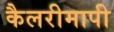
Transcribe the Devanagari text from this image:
कैलरीमापी